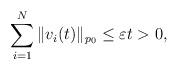
LaTeX: \begin{align*}\sum_{i=1}^{N}\|v_i(t)\|_{p_0} \leq \varepsilon t>0,\end{align*}